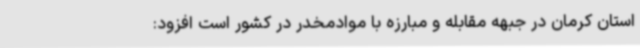
استان کرمان در جبهه مقابله و مبارزه با موادمخدر در کشور است افزود: